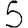
Digit: 5